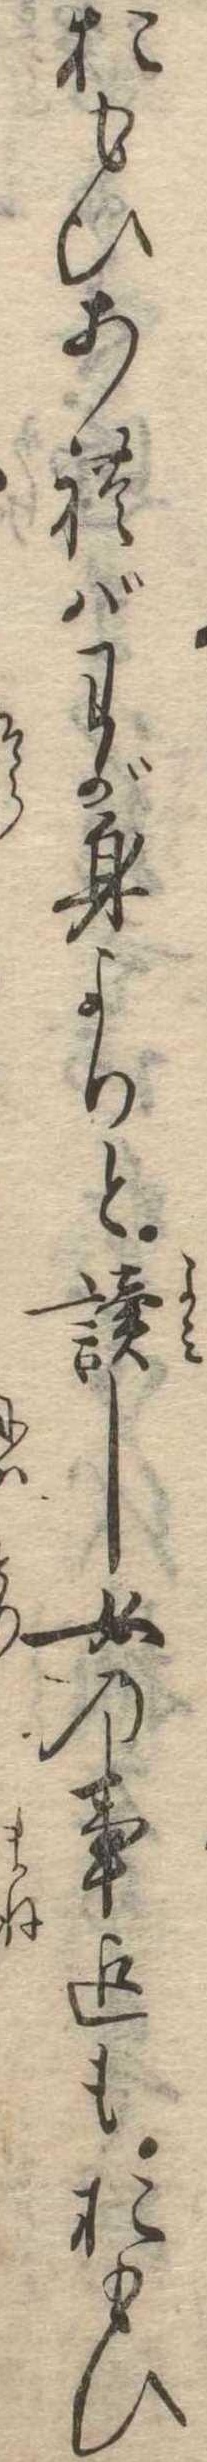
おもひあればわが身よりと読し女の事迄もおもひ